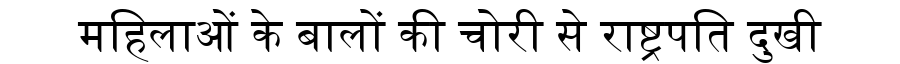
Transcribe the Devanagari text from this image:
महिलाओं के बालों की चोरी से राष्ट्रपति दुखी